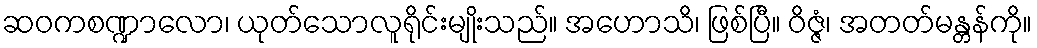
ဆဝကစဏ္ဍာလော၊ ယုတ်သောလူရိုင်းမျိုးသည်။ အဟောသိ၊ ဖြစ်ပြီ။ ဝိဇ္ဇံ၊ အတတ်မန္တန်ကို။